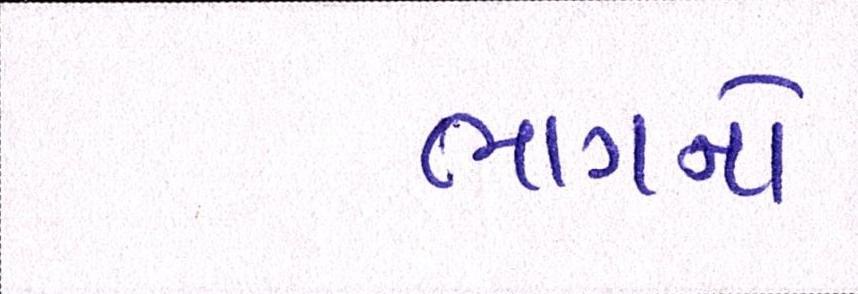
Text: ભાગનો